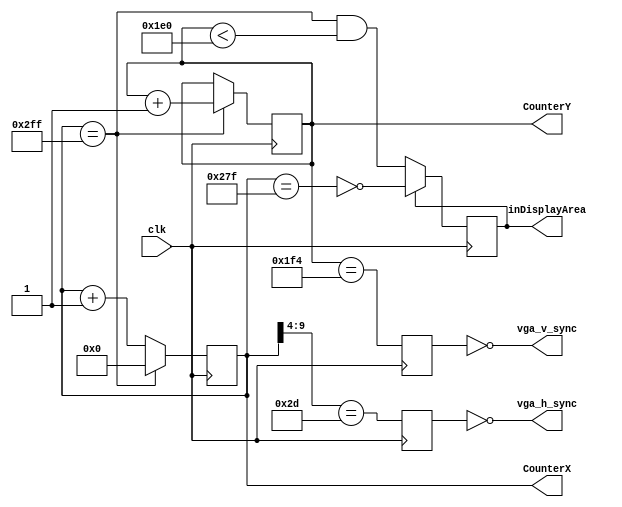
`timescale 1ns / 1ps
//////////////////////////////////////////////////////////////////////////////////
// Company: 
// Engineer: 
// 
// Design Name: 
// Module Name:    hvsync_generator 
// Project Name: 
// Target Devices: 
// Tool versions: 
// Description: 
//
// Dependencies: 
//
// Revision: 
// Revision 0.01 - File Created
// Additional Comments: 
//
//////////////////////////////////////////////////////////////////////////////////
module hvsync_generator(clk, vga_h_sync, vga_v_sync, inDisplayArea, CounterX, CounterY);
input clk;
output vga_h_sync, vga_v_sync;
output inDisplayArea;
output [9:0] CounterX;
output [8:0] CounterY;

//////////////////////////////////////////////////
reg [9:0] CounterX;
reg [8:0] CounterY;
wire CounterXmaxed = (CounterX==10'h2FF);

always @(posedge clk)
if(CounterXmaxed)
	CounterX <= 0;
else
	CounterX <= CounterX + 1;

always @(posedge clk)
if(CounterXmaxed) CounterY <= CounterY + 1;

reg	vga_HS, vga_VS;
always @(posedge clk)
begin
	vga_HS <= (CounterX[9:4]==6'h2D); // change this value to move the display horizontally
	vga_VS <= (CounterY==500); // change this value to move the display vertically
end

reg inDisplayArea;
always @(posedge clk)
if(inDisplayArea==0)
	inDisplayArea <= (CounterXmaxed) && (CounterY<480);
else
	inDisplayArea <= !(CounterX==639);
assign vga_h_sync = ~vga_HS;
assign vga_v_sync = ~vga_VS;

endmodule